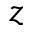
z